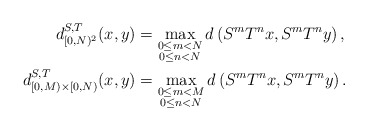
\begin{align*} d^{S,T}_{[0,N)^2}(x, y) &= \max_{\substack{0\leq m <N \\ 0\leq n< N}} d\left(S^m T^n x, S^m T^n y\right), \\ d^{S,T}_{[0,M)\times [0,N)}(x,y) &= \max_{\substack{0\leq m <M \\ 0\leq n <N}} d\left(S^m T^n x, S^m T^n y\right). \end{align*}